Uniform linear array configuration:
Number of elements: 64
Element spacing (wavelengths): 0.75
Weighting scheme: binomial
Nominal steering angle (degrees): -30
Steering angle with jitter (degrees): -30.565
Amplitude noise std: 0.05
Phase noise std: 0.05

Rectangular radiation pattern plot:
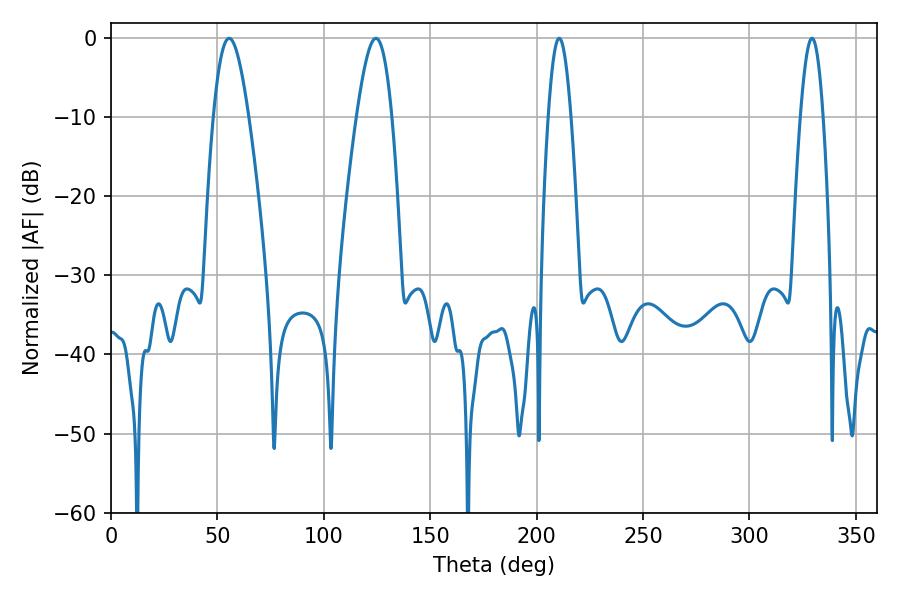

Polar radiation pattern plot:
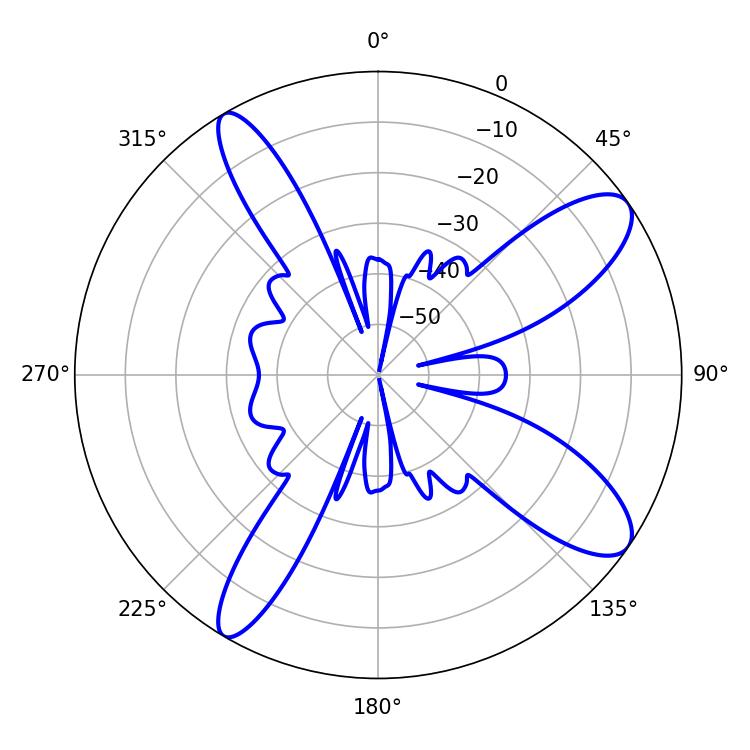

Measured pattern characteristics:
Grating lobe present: TRUE
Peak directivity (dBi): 10.744
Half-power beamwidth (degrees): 5.76
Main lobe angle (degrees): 210.6